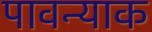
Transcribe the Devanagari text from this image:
पावन्याक